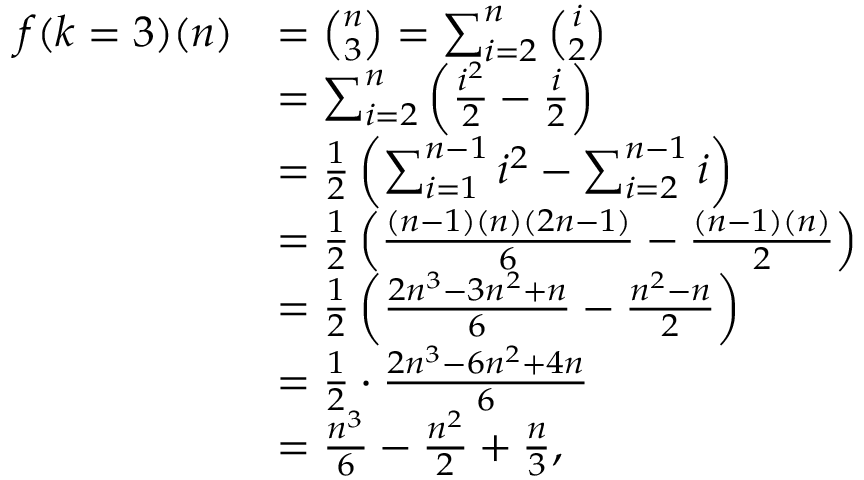
\begin{array} { r l } { f ( k = 3 ) ( n ) } & { = \binom { n } { 3 } = \sum _ { i = 2 } ^ { n } \binom { i } { 2 } } \\ & { = \sum _ { i = 2 } ^ { n } \left( \frac { i ^ { 2 } } { 2 } - \frac { i } { 2 } \right) } \\ & { = \frac { 1 } { 2 } \left( \sum _ { i = 1 } ^ { n - 1 } i ^ { 2 } - \sum _ { i = 2 } ^ { n - 1 } i \right) } \\ & { = \frac { 1 } { 2 } \left( \frac { ( n - 1 ) ( n ) ( 2 n - 1 ) } { 6 } - \frac { ( n - 1 ) ( n ) } { 2 } \right) } \\ & { = \frac { 1 } { 2 } \left( \frac { 2 n ^ { 3 } - 3 n ^ { 2 } + n } { 6 } - \frac { n ^ { 2 } - n } { 2 } \right) } \\ & { = \frac { 1 } { 2 } \cdot \frac { 2 n ^ { 3 } - 6 n ^ { 2 } + 4 n } { 6 } } \\ & { = \frac { n ^ { 3 } } { 6 } - \frac { n ^ { 2 } } { 2 } + \frac { n } { 3 } , } \end{array}